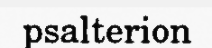
psalterion